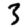
Digit: 3